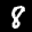
Label: 8